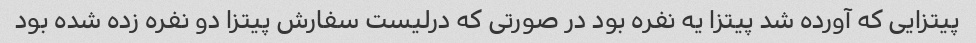
پیتزایی که آورده شد پیتزا یه نفره بود در صورتی که درلیست سفارش پیتزا دو نفره زده شده بود